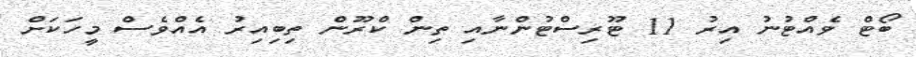
ބޯޓް ވެއްޓުނު އިރު 11 ޓޫރިސްޓުންނާއި ތިން ކްރޫން ތިބިއިރު އެއްވެސް މީހަކަށް